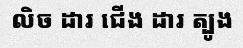
លិច ដារ ជើង ដារ ត្បូង